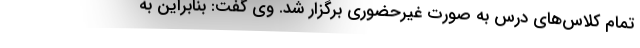
تمام کلاس‌های درس به صورت غیرحضوری برگزار شد. وی گفت: بنابراین به